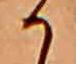
か